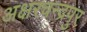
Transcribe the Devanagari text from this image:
अक्षरचन्द्रपुर